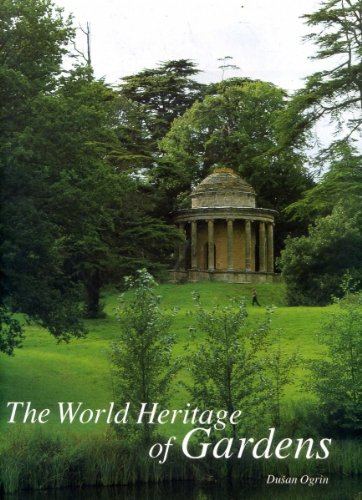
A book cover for The World Heritage of Gardens; Dusan Ogrin; Crafts, Hobbies & Home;